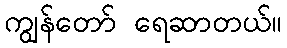
ကျွန်တော် ရေဆာတယ်။